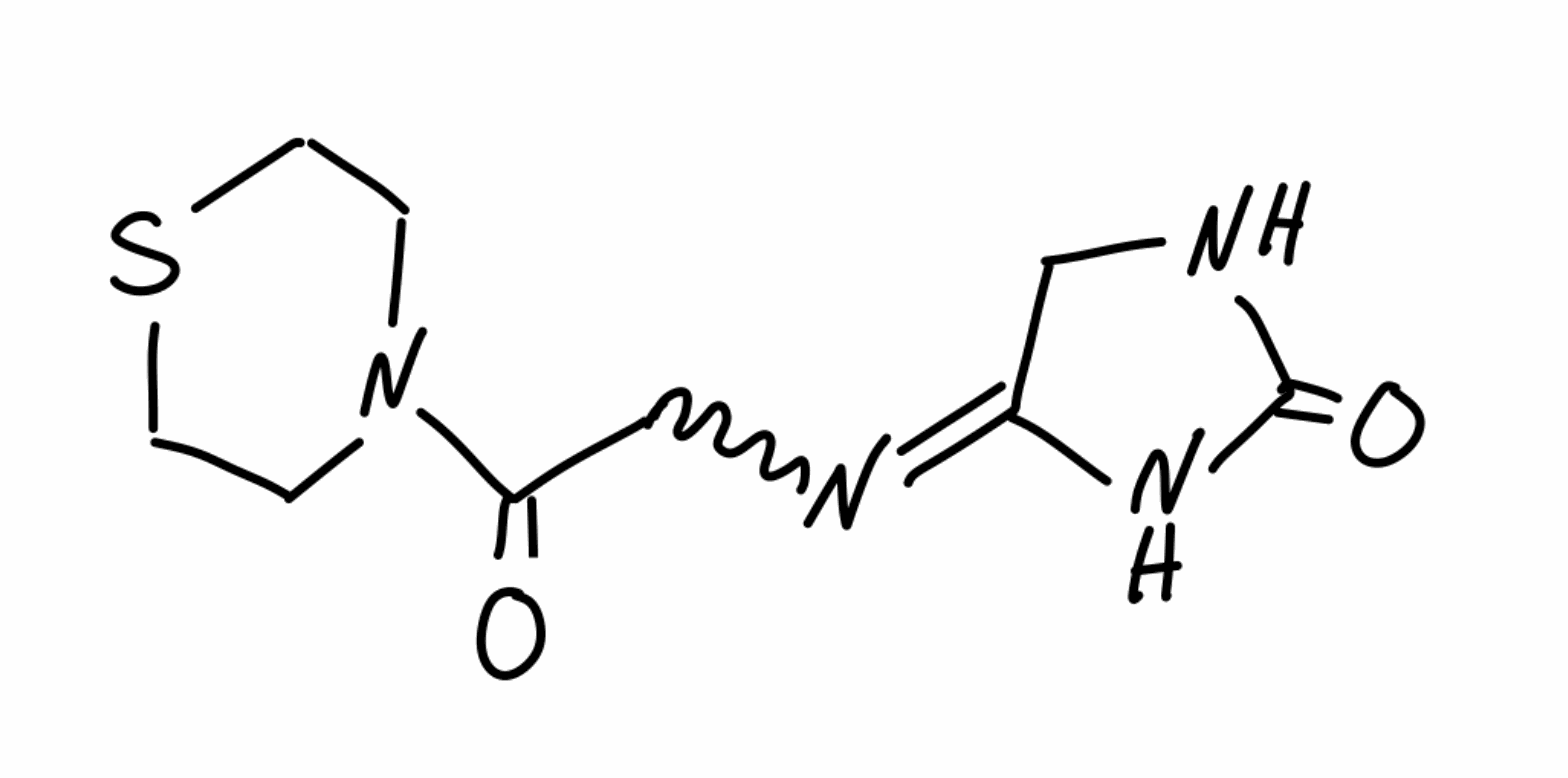
Simplified molecular-input line-entry system (SMILES) notation of the given molecule:
C1CSCCN1C(=O)CN=C2CNC(=O)N2